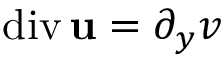
\mathrm { d i v } \, { \bf u } = \partial _ { y } v